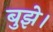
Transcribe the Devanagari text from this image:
बुझे।